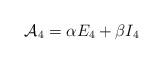
LaTeX: \begin{align*}{\cal A}_4= \alpha E_4 +\beta I_4\end{align*}